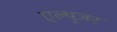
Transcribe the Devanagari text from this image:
एल्थुजर